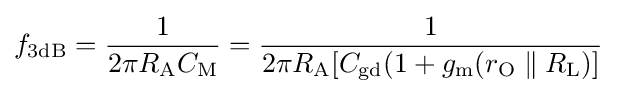
f_{\mathrm {3dB} }={\frac {1}{2\pi R_{\mathrm {A} }C_{\mathrm {M} }}}={\frac {1}{2\pi R_{\mathrm {A} }[C_{\mathrm {gd} }(1+g_{\mathrm {m} }(r_{\mathrm {O} }\parallel R_{\mathrm {L} })]}}